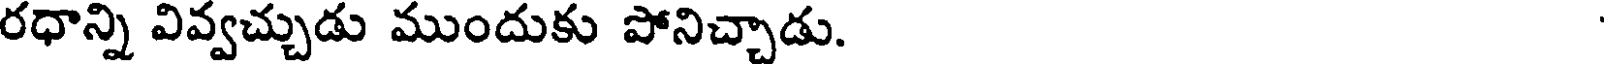
రధాన్ని వివ్వచ్చుడు ముందుకు పోనిచ్చాడు.